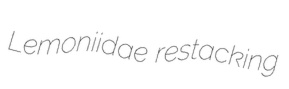
Lemoniidae restacking